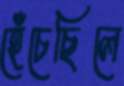
হেঁচেছিলে